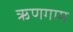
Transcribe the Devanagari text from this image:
ऋणगाम